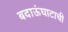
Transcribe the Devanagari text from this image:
बदाऊंघाटाची